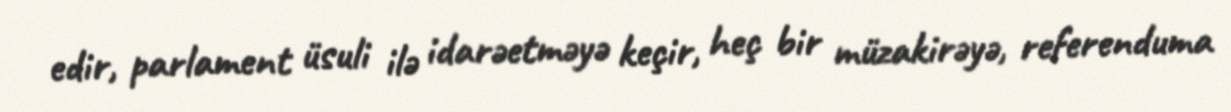
edir, parlament üsuli ilə idarəetməyə keçir, heç bir müzakirəyə, referenduma